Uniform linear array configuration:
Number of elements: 16
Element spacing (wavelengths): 0.5
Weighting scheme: kaiser
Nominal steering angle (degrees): -45
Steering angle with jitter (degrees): -45.485
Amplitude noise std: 0.05
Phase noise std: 0.05

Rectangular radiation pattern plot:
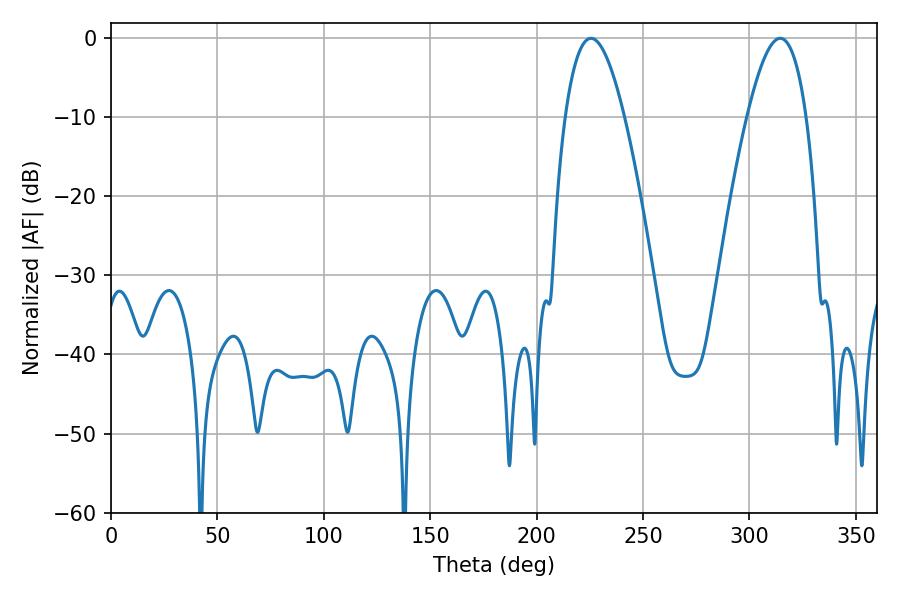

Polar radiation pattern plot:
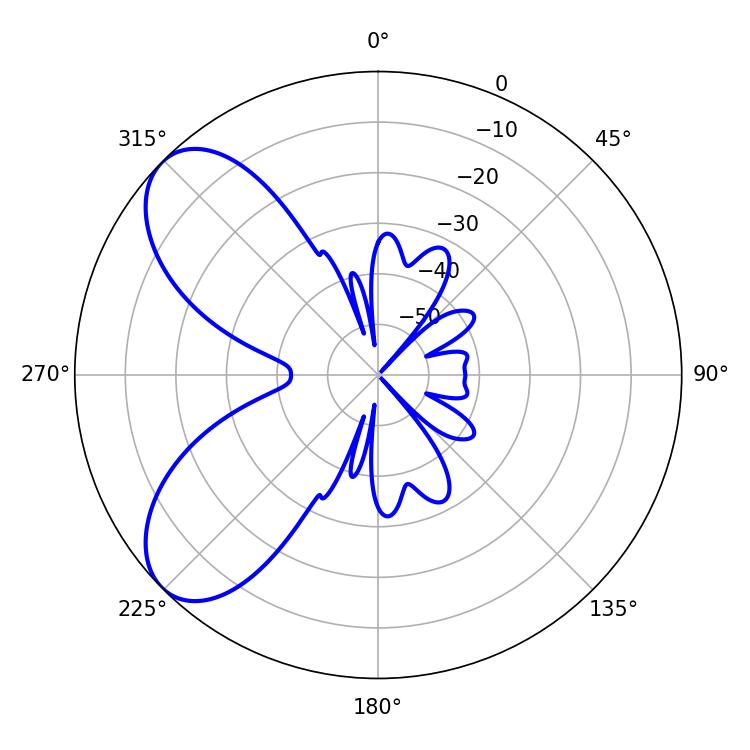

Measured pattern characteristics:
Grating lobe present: FALSE
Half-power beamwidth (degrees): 15.12
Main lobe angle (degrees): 314.46